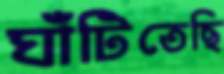
ঘাঁটিতেছি